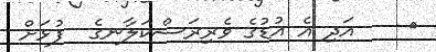
٢    އަދި އެ އުޑުގެ ވެރިރަސްކަލާނގެ  ފުޅަށް